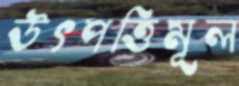
উৎপত্তিমূল